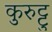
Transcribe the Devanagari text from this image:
कुरुट्टु